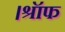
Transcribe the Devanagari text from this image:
।श्रॉफ